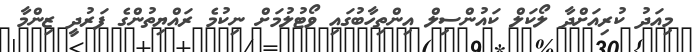
މިއަދު ކުރިއަށްދާ ލޯކަލް ކައުންސިލް އިންތިހާބުގައި ވޯޓުލުމަށް ނިކުމެ ރައްޔިތުންގެ ފަރުދީ ޒިންމާ